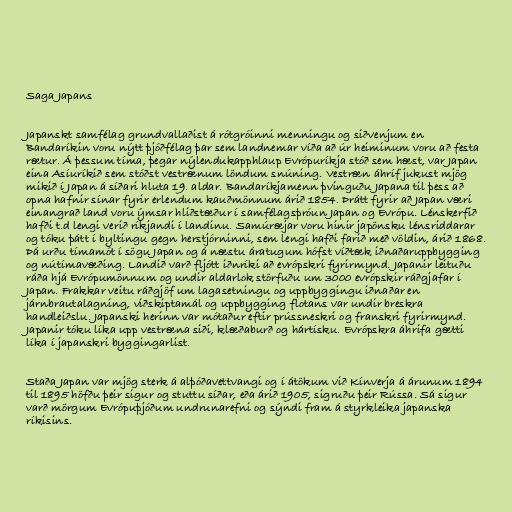
Saga Japans

Japanskt samfélag grundvallaðist á rótgróinni menningu og siðvenjum en
Bandaríkin voru nýtt þjóðfélag þar sem landnemar víða að úr heiminum voru að festa
rætur. Á þessum tíma, þegar nýlendukapphlaup Evrópuríkja stóð sem hæst, var Japan
eina Asíuríkið sem stóðst vestrænum löndum snúning. Vestræn áhríf jukust mjög
mikið í Japan á síðari hluta 19. aldar. Bandaríkjamenn þvinguðu Japana til þess að
opna hafnir sínar fyrir erlendum kauðmönnum árið 1854. Þrátt fyrir að Japan væri
einangrað land voru ýmsar hliðstæður í samfélagsþróun Japan og Evrópu. Lénskerfið
hafði t.d lengi verið ríkjandi í landinu. Samúræjar voru hinir japönsku lénsriddarar
og tóku þátt í byltingu gegn herstjórninni, sem lengi hafði farið með völdin, árið 1868.
Þá urðu tímamót í sögu Japan og á næstu áratugum hófst víðtæk iðnaðaruppbygging
og nútímavæðing. Landið varð fljótt iðnríki að evrópskri fyrirmynd. Japanir leituðu
ráða hjá Evrópumönnum og undir aldarlok störfuðu um 3000 evrópskir ráðgjafar í
Japan. Frakkar veitu ráðgjöf um lagasetningu og uppbyggingu iðnaðar en
járnbrautalagning, viðskiptamál og uppbygging flotans var undir breskra
handleiðslu. Japanski herinn var mótaður eftir prússneskri og franskri fyrirmynd.
Japanir tóku líka upp vestræna siði, klæðaburð og hártísku. Evrópskra áhrifa gætti
líka í japanskri byggingarlist.

Staða Japan var mjög sterk á alþóðavettvangi og í átökum við Kínverja á árunum 1894
til 1895 höfðu þeir sigur og stuttu síðar, eða árið 1905, sigruðu þeir Rússa. Sá sigur
varð mörgum Evrópuþjóðum undrunarefni og sýndi fram á styrkleika japanska
ríkisins.